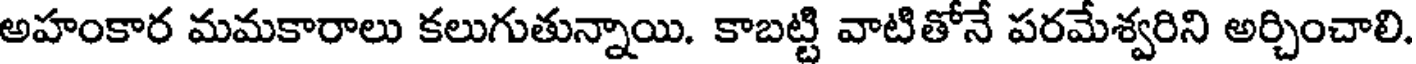
అహంకార మమకారాలు కలుగుతున్నాయి. కాబట్టి వాటితోనే పరమేశ్వరిని అర్చించాలి